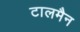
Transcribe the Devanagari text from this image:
टालमैन